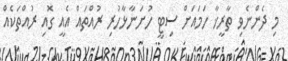
މި ދެންނެވި ތާރީޚާ ހަމައަށް ސިޓީ ހުށަނާޅާހުރި ރުއްތައް އެއީ ގޮއި ރުއްތަކެއް